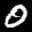
Label: 0